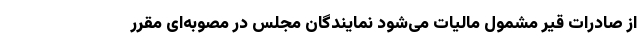
از صادرات قیر مشمول مالیات می‌شود نمایندگان مجلس در مصوبه‌ای مقرر